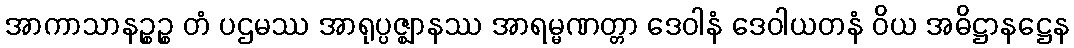
အာကာသာနဉ္စဉ္စ တံ ပဌမဿ အာရုပ္ပဇ္ဈာနဿ အာရမ္မဏတ္တာ ဒေဝါနံ ဒေဝါယတနံ ဝိယ အဓိဋ္ဌာနဋ္ဌေန